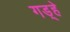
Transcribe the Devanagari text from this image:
गड़्हे